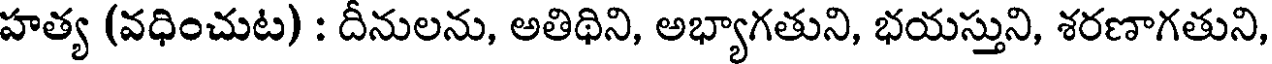
హత్య (వధించుట) : దీనులను, అతిథిని, అభ్యాగతుని, భయస్తుని, శరణాగతుని,